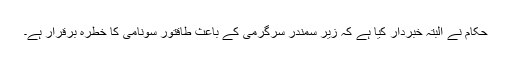
حکام نے البتہ خبردار کیا ہے کہ زیر سمندر سرگرمی کے باعث طاقتور سونامی کا خطرہ برقرار ہے۔